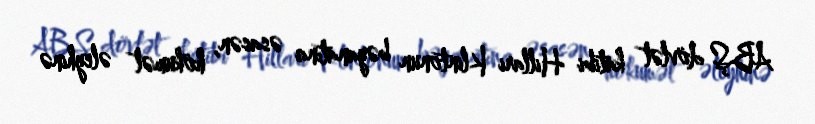
ABŞ dövlət katibi Hillari Klintonun bəyanatına əsasən, hökumət əleyhinə